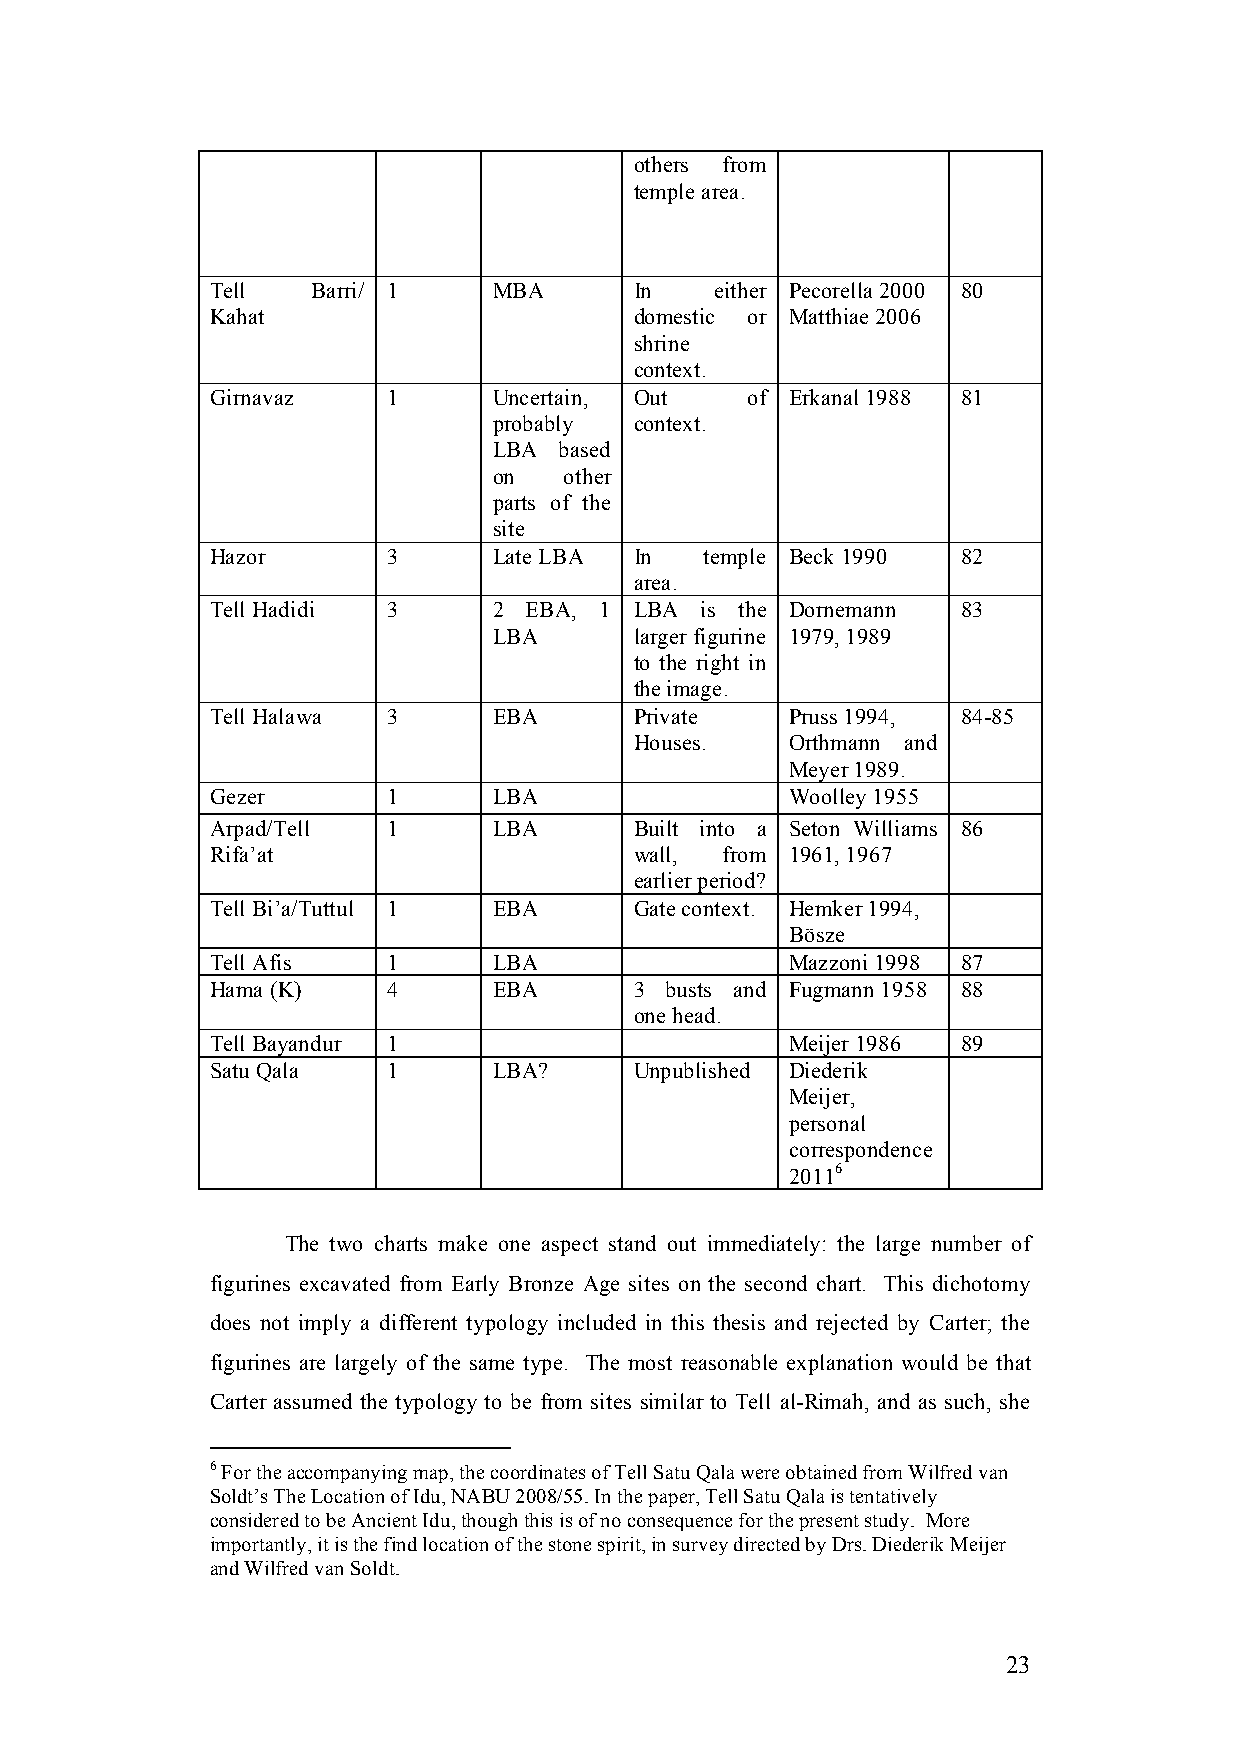
others from
 temple area.
 Tell   Barri/ 1    MBA      In   either Pecorella 2000 80
 Kahat                       domestic or Matthiae 2006
 shrine
 context.
 Girnavaz    1      Uncertain, Out  of Erkanal 1988 81
 probably context.
 LBA based
 on  other
 parts of the
 site
 Hazor       3      Late LBA In   temple Beck 1990 82
 area.
 Tell Hadidi 3      2 EBA, 1 LBA is the Dornemann  83
 LBA      larger figurine 1979, 1989
 to the right in
 the image.
 Tell Halawa 3      EBA      Private   Pruss 1994, 84-85
 Houses.   Orthmann and
 Meyer 1989.
 Gezer       1      LBA                Woolley 1955
 Arpad/Tell  1      LBA      Built into a Seton Williams 86
 Rifa’at                     wall, from 1961, 1967
 earlier period?
 Tell Bi’a/Tuttul 1 EBA      Gate context. Hemker 1994,
 Bösze
 Tell Afis   1      LBA                Mazzoni 1998 87
 Hama (K)    4      EBA      3 busts and Fugmann 1958 88
 one head.
 Tell Bayandur 1                       Meijer 1986 89
 Satu Qala   1      LBA?     Unpublished Diederik
 Meijer,
 personal
 correspondence
 20116
 The two charts make one aspect stand out immediately: the large number of
 figurines excavated from Early Bronze Age sites on the second chart. This dichotomy
 does not imply a different typology included in this thesis and rejected by Carter; the
 figurines are largely of the same type. The most reasonable explanation would be that
 Carter assumed the typology to be from sites similar to Tell al-Rimah, and as such, she
 6 For the accompanying map, the coordinates of Tell Satu Qala were obtained from Wilfred van
 Soldt’s The Location of Idu, NABU 2008/55. In the paper, Tell Satu Qala is tentatively
 considered to be Ancient Idu, though this is of no consequence for the present study. More
 importantly, it is the find location of the stone spirit, in survey directed by Drs. Diederik Meijer
 and Wilfred van Soldt.
 23